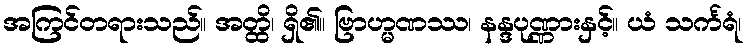
အကြင်တရားသည်။ အတ္ထိ၊ ရှိ၏။ ဗြာဟ္မဏဿ၊ နန္ဒပုဏ္ဏားနှင့်။ ယံ သင်္ကရံ၊